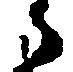
郎